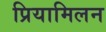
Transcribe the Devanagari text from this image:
प्रियामिलन